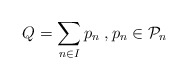
\begin{align*} Q=\sum_{n\in I}p_n\; ,p_n\in {{\cal P}}_{n}\end{align*}